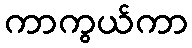
ကာကွယ်ကာ